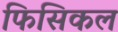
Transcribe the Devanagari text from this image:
फिसिकल